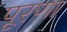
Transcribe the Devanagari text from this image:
पूरणा